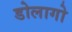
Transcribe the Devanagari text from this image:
डोलागो